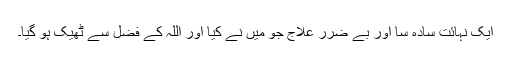
ایک نہائت سادہ سا اور بے ضرر علاج جو میں نے کیا اور اللہ کے فضل سے ٹھیک ہو گیا۔